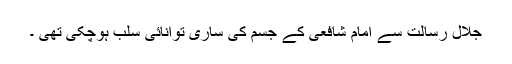
جلالِ رسالتؐ سے امام شافعیؒ کے جسم کی ساری توانائی سلب ہوچکی تھی ۔